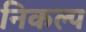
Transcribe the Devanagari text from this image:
निकल्प